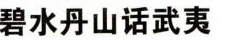
碧水丹山话武夷